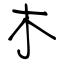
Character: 木